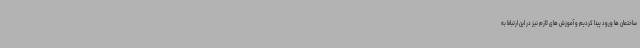
ساختمان ها ورود پیدا کردیم و آموزش های لازم نیز در این ارتباط به